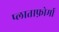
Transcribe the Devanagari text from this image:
प्लाताफ़ोर्मा